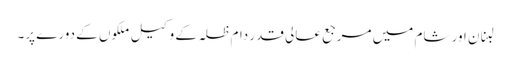
لبنان اور شام میں مرجع عالی قدر دام ظلہ کے وکیل ملکوں کے دورے پر۔